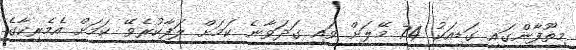
މިތޫފާންގައި ގަޑިއަކު 74 މޭލަށް ވައި ގަދަވާނެ ކަމަށް ލަފާކުރެވޭ ކަމަށް އެމެރިކާގެ